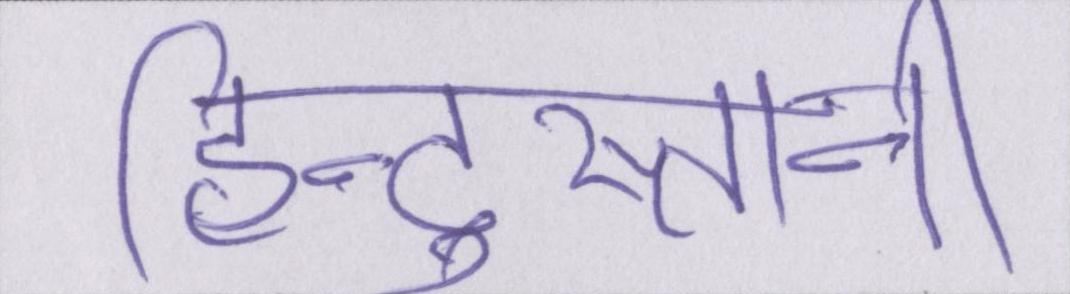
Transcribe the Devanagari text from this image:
हिन्दुस्तानी